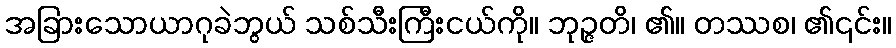
အခြားသောယာဂုခဲဘွယ် သစ်သီးကြီးငယ်ကို။ ဘုဉ္ဇတိ၊ ၏။ တဿစ၊ ၏၎င်း။